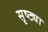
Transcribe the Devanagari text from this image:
सृष्ट्या